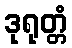
ဒုရုတ္တံ